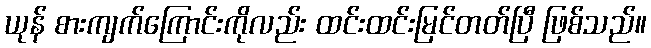
ယုန် စားကျက်ကြောင်းကိုလည်း ထင်းထင်းမြင်တတ်ပြီ ဖြစ်သည်။